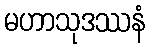
မဟာသုဒဿနံ